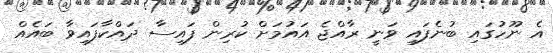
އެ ނޫހުގައި ބުނެފައި ވަނީ ރާއްޖެ އައުމަށް ކުރިން ފައިސާ ދައްކާފައިވާ ބައެއް